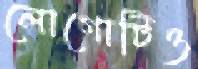
লোগোটিও